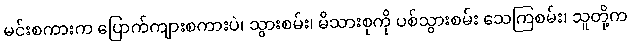
မင်းစကားက ပြောက်ကျားစကားပဲ၊ သွားစမ်း၊ မိသားစုကို ပစ်သွားစမ်း သေကြစမ်း၊ သူတို့က